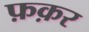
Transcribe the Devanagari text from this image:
फ़क़र